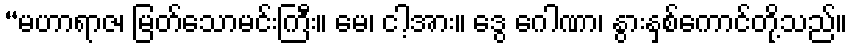
“မဟာရာဇ၊ မြတ်သောမင်းကြီး။ မေ၊ ငါ့အား။ ဒွေ ဂေါဏာ၊ နွားနှစ်ကောင်တို့သည်။